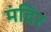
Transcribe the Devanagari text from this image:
मंदिर